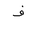
Letter: _fa